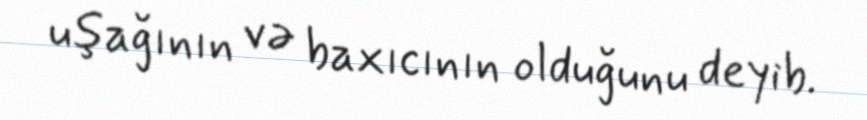
uşağının və baxıcının olduğunu deyib.